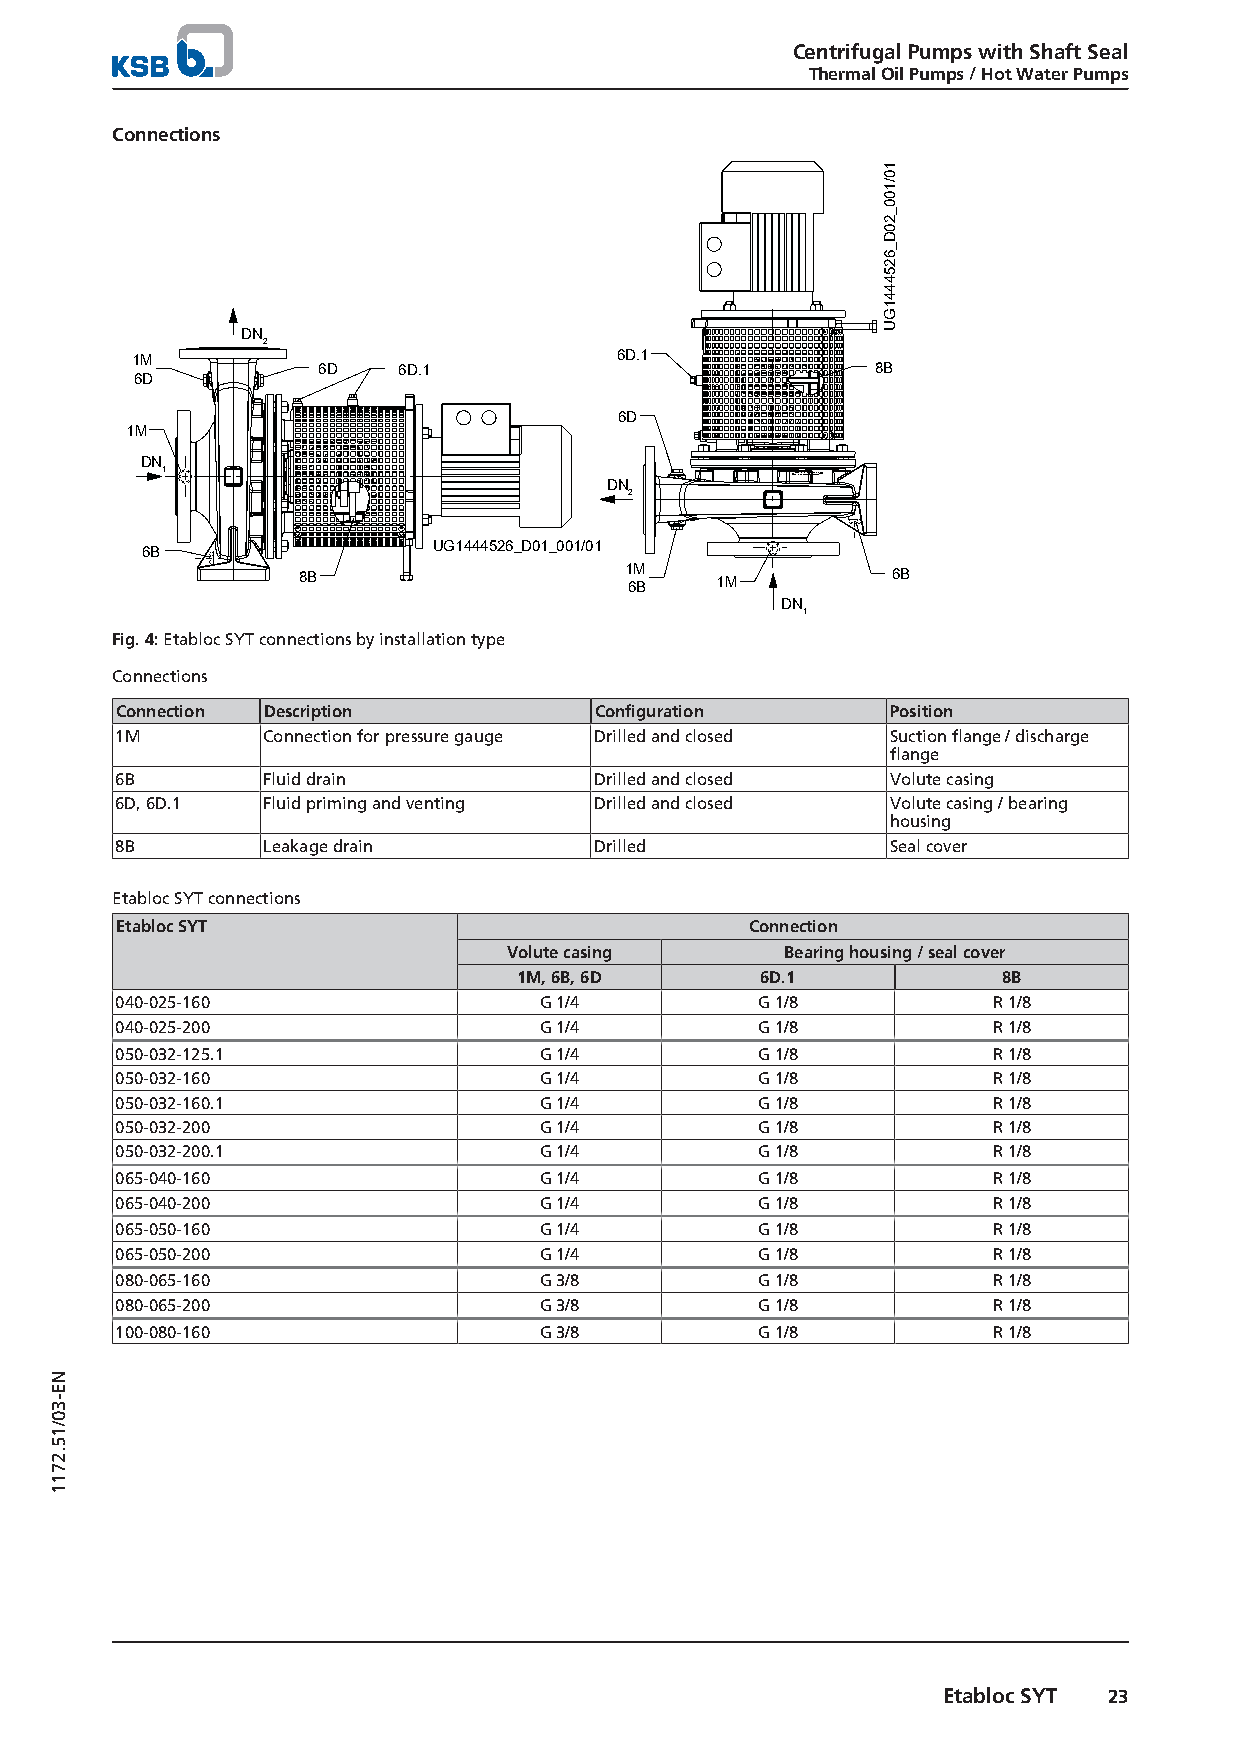
Centrifugal Pumps with Shaft Seal
 Thermal Oil Pumps / Hot Water Pumps
 Connections
 DN
 2
 1M                              6D.1
 6D   6D.1                            8B
 6D
 6D
 1M
 DN
 1
 DN
 2
 6B                  UG1444526_D01_001/01
 8B                   1 6M B 1M         6B
 DN
 1
 Fig. 4: Etabloc SYT connections by installation type
 Connections
 Connection Description         Configuration       Position
 1M       Connection for pressure gauge Drilled and closed Suction flange / discharge
 flange
 6B       Fluid drain           Drilled and closed  Volute casing
 6D, 6D.1 Fluid priming and venting Drilled and closed Volute casing / bearing
 housing
 8B       Leakage drain         Drilled             Seal cover
 Etabloc SYT connections
 Etabloc SYT                               Connection
 Volute casing     Bearing housing / seal cover
 1M, 6B, 6D      6D.1            8B
 040-025-160                 G 1/4         G 1/8           R 1/8
 040-025-200                 G 1/4         G 1/8           R 1/8
 050-032-125.1               G 1/4         G 1/8           R 1/8
 050-032-160                 G 1/4         G 1/8           R 1/8
 050-032-160.1               G 1/4         G 1/8           R 1/8
 050-032-200                 G 1/4         G 1/8           R 1/8
 050-032-200.1               G 1/4         G 1/8           R 1/8
 065-040-160                 G 1/4         G 1/8           R 1/8
 065-040-200                 G 1/4         G 1/8           R 1/8
 065-050-160                 G 1/4         G 1/8           R 1/8
 065-050-200                 G 1/4         G 1/8           R 1/8
 080-065-160                 G 3/8         G 1/8           R 1/8
 080-065-200                 G 3/8         G 1/8           R 1/8
 100-080-160                 G 3/8         G 1/8           R 1/8
 Etabloc SYT 23
 NE-30/15.2711
 10/100_20D_6254441GU